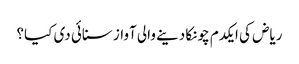
ریاض کی ایکدم چونکا دینے والی آواز سنائی دی کیا؟